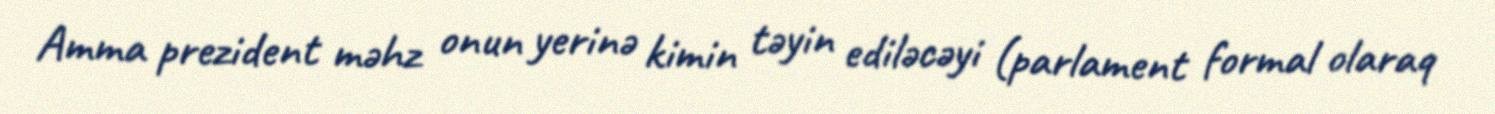
Amma prezident məhz onun yerinə kimin təyin ediləcəyi (parlament formal olaraq